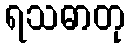
ရသဓာတု